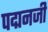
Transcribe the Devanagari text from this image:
पद्मनजी